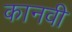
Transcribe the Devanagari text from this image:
कानवी